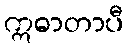
ဣဓာတာပီ